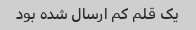
یک قلم کم ارسال شده بود